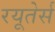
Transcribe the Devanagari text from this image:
रयूतेर्स